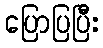
ပြောပြပြီး